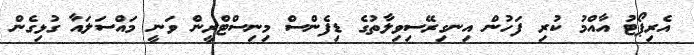
އެރިޕޯޓު އާއްމު ކުރި ފަހުން އިނގިރޭސިވިލާތުގެ ޑިފެންސް މިނިސްޓްރީން ވަނީ މައްސަލައާ ގުޅިގެން